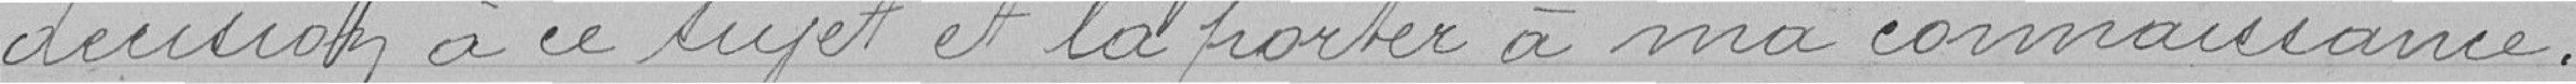
décision à ce sujet et la porter à ma connaissance.